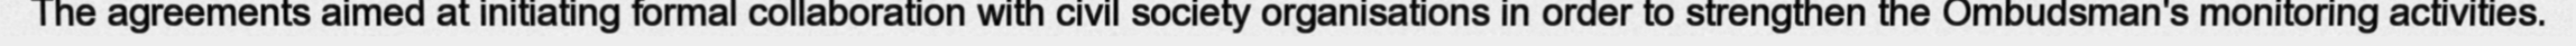
The agreements aimed at initiating formal collaboration with civil society organisations in order to strengthen the Ombudsman's monitoring activities.